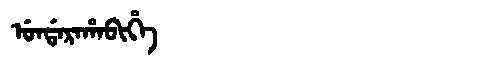
Manchu: ᡠᠨᡩᠠᡵᠠᡥᠠᠪᡳᡥᡝ
Romanization: UNDARAHABIHE